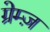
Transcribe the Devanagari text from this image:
ग्रेम्ज़